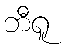
ဘီရူ